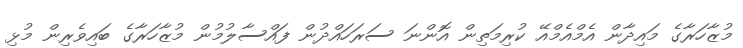
މުޒާހަރާގެ މައިދާން އެމްއެމްއޭ ކުރިމަތިން އޮންނަ ސަރަހައްދުން ފައްސާލުމުން މުޒާހަރާގެ ބައިވެރިން މުޅި